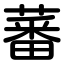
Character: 蕃